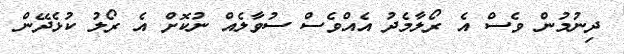
ދިނުމުން ވެސް އެ ރޯލާމެދު އެއްވެސް ސުވާލެއް ނުކޮށް އެ ރޯލު ކުޅެދޭން